Indian journal of veterinary science and animal husbandry - Volumes 24-25, 1954-1955
Year: 1954
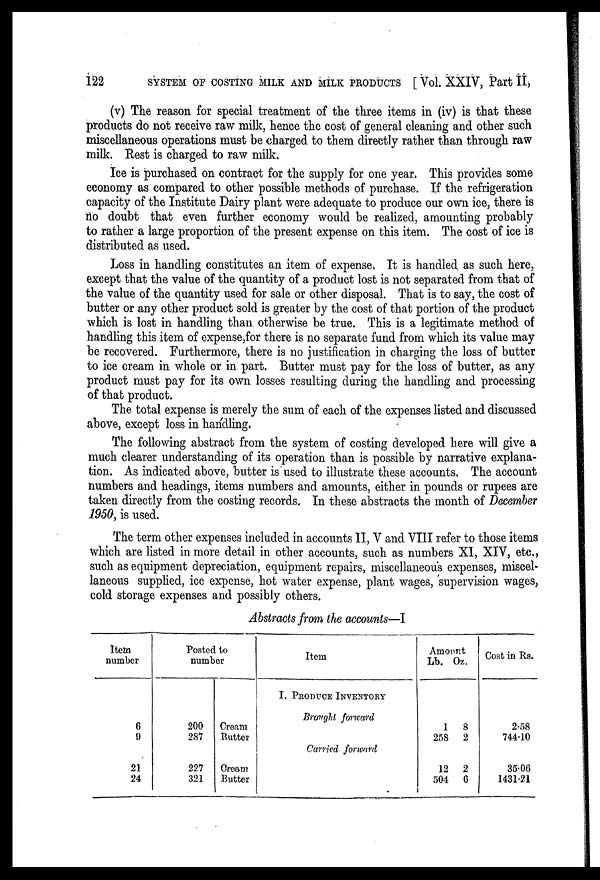
122
SYSTEM OF COSTING MILK AND MILK PRODUCTS [Vol. XXIV, Part II,
(v) The reason for special treatment of the three items in (iv) is that these
products do not receive raw milk, hence the cost of general cleaning and other such
miscellaneous operations must be charged to them directly rather than through raw
milk. Rest is charged to raw milk.
Ice is purchased on contract for the supply for one year. This provides some
economy as compared to other possible methods of purchase. If the refrigeration
capacity of the Institute Dairy plant were adequate to produce our own ice, there is
no doubt that even further economy would be realized, amounting probably
to rather a large proportion of the present expense on this item. The cost of ice is
distributed as used.
Loss in handling constitutes an item of expense. It is handled as such here,
except that the value of the quantity of a product lost is not separated from that of
the value of the quantity used for sale or other disposal. That is to say, the cost of
butter or any other product sold is greater by the cost of that portion of the product
which is lost in handling than otherwise be true. This is a legitimate method of
handling this item of expense,for there is no separate fund from which its value may
be recovered. Furthermore, there is no justification in charging the loss of butter
to ice cream in whole or in part. Butter must pay for the loss of butter, as any
product must pay for its own losses resulting during the handling and processing
of that product.
The total expense is merely the sum of each of the expenses listed and discussed
above, except loss in handling.
The following abstract from the system of costing developed here will give a
much clearer understanding of its operation than is possible by narrative explana-
tion. As indicated above, butter is used to illustrate these accounts. The account
numbers and headings, items numbers and amounts, either in pounds or rupees are
taken directly from the costing records. In these abstracts the month of December
1950, is used.
The term other expenses included in accounts II, V and VIII refer to those items
which are listed in more detail in other accounts, such as numbers XI, XIV, etc.,
such as equipment depreciation, equipment repairs, miscellaneous expenses, miscel-
laneous supplied, ice expense, hot water expense, plant wages, supervision wages,
cold storage expenses and possibly others.
Abstracts from the accounts—I
Item
number
6
9
21
24
Posted to
number
200
287
227
321
Cream
Butter
Cream
Butter
Item
I. PRODUCE INVENTORY
Brought forward
Carried forward
Amount
Lb.
1
258
12
504
Oz.
8
2
2
6
Cost in Rs.
2.58
744.10
35.06
1431.21